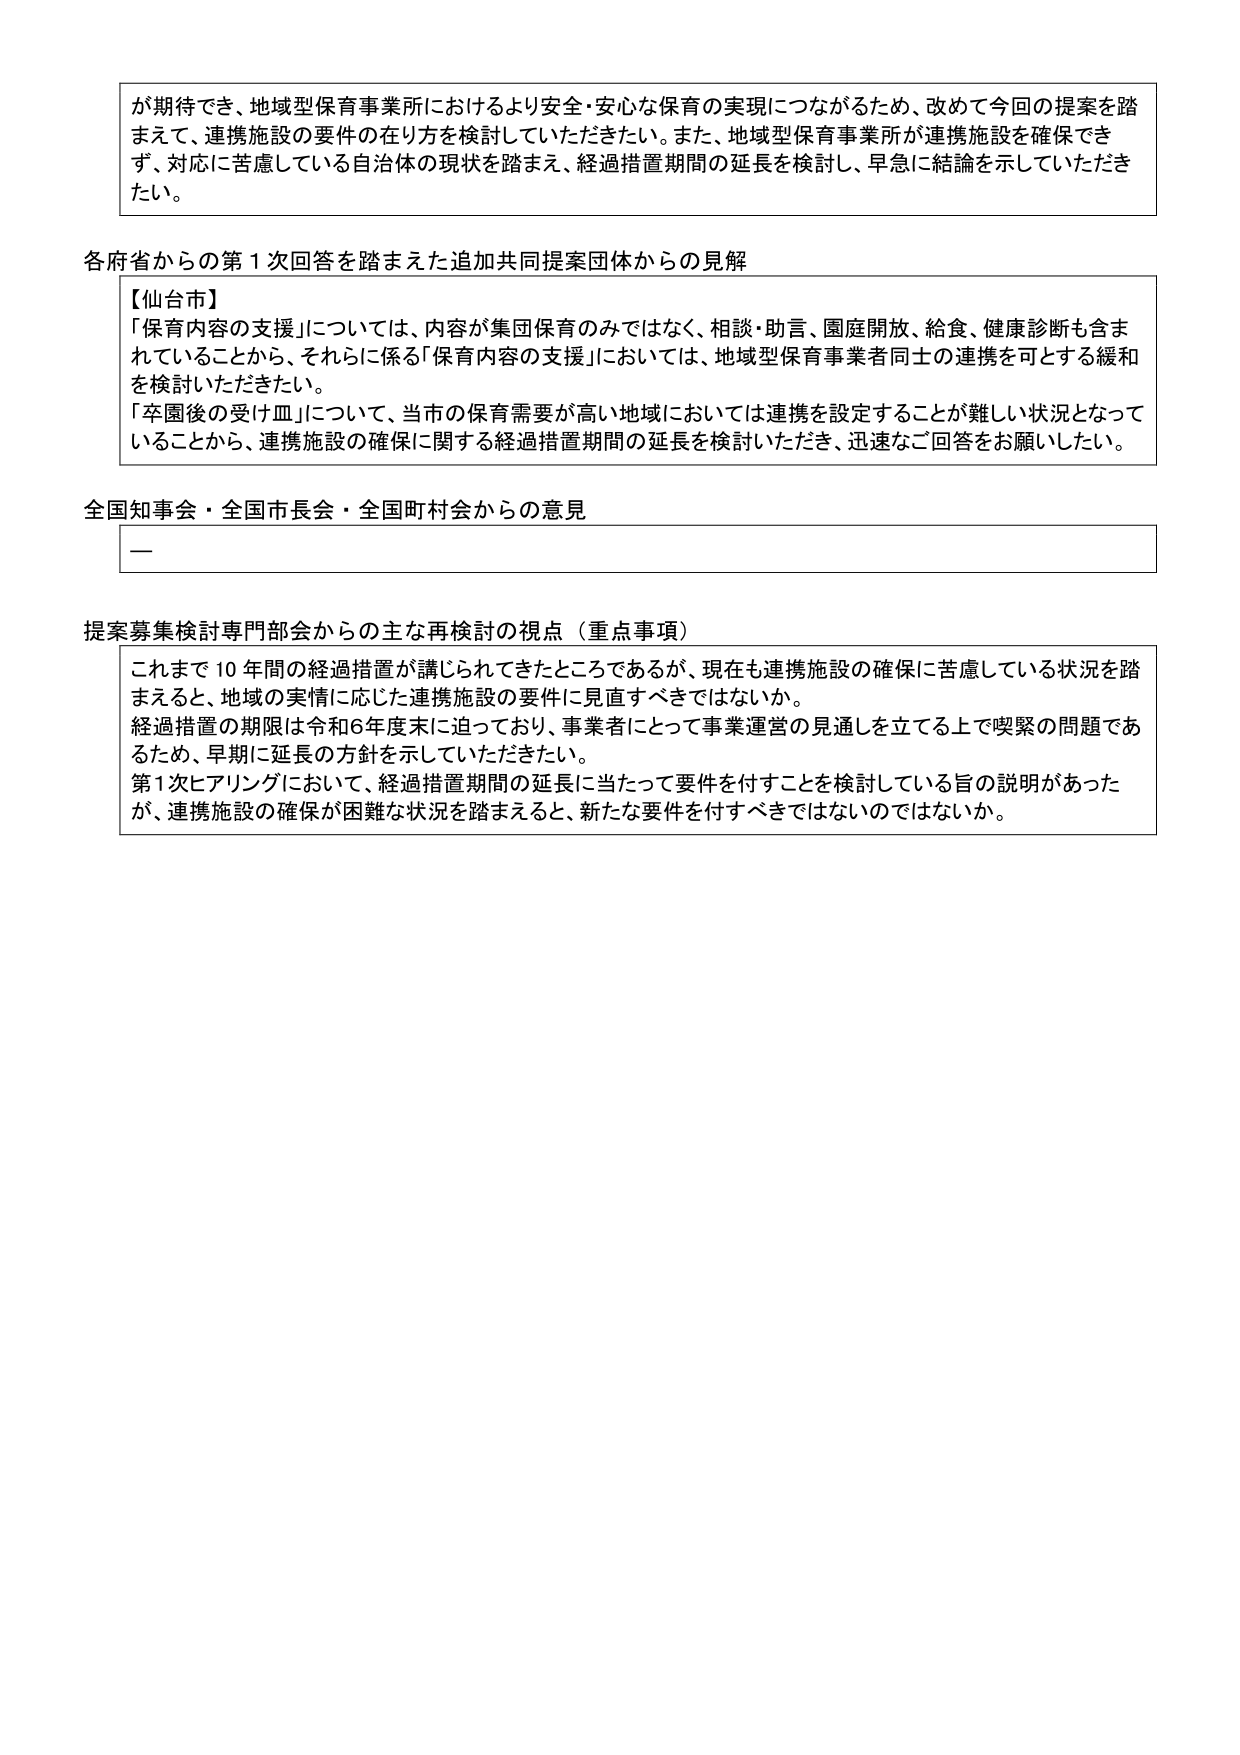
が期待でき、地域型保育事業所におけるより安全・安心な保育の実現につながるため、改めて今回の提案を踏まえて、連携施設の要件の在り方を検討していただきたい。また、地域型保育事業所が連携施設を確保できず、対応に苦慮している自治体の現状を踏まえ、経過措置期間の延長を検討し、早急に結論を示していただきたい。

各府省からの第1次回答を踏まえた追加共同提案団体からの見解

【仙台市】
「保育内容の支援」については、内容が集団保育のみではなく、相談・助言、園庭開放、給食、健康診断も含まれていることから、それらに係る「保育内容の支援」においては、地域型保育事業者同士の連携を可とする緩和を検討いただきたい。
「卒園後の受け皿」について、当市の保育需要が高い地域においては連携を設定することが難しい状況となっていることから、連携施設の確保に関する経過措置期間の延長を検討いただき、迅速なご回答をお願いしたい。

全国知事会・全国市長会・全国町村会からの意見

—

提案募集検討専門部会からの主な再検討の視点（重点事項）
これまで10年間の経過措置が講じられてきたところであるが、現在も連携施設の確保に苦慮している状況を踏まえると、地域の実情に応じた連携施設の要件に見直すべきではないか。
経過措置の期限は令和6年度末に迫っており、事業者にとって事業運営の見通しを立てる上で喫緊の問題であるため、早期に延長の方針を示していただきたい。
第1次ヒアリングにおいて、経過措置期間の延長に当たって要件を付すことを検討している旨の説明があったが、連携施設の確保が困難な状況を踏まえると、新たな要件を付すべきではないのではないか。